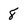
Character: 8